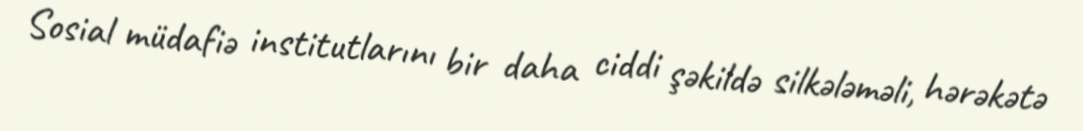
Sosial müdafiə institutlarını bir daha ciddi şəkildə silkələməli, hərəkətə